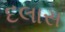
દલાસ